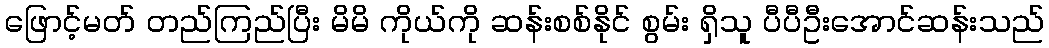
ဖြောင့်မတ် တည်ကြည်ပြီး မိမိ ကိုယ်ကို ဆန်းစစ်နိုင် စွမ်း ရှိသူ ပီပီဦးအောင်ဆန်းသည်